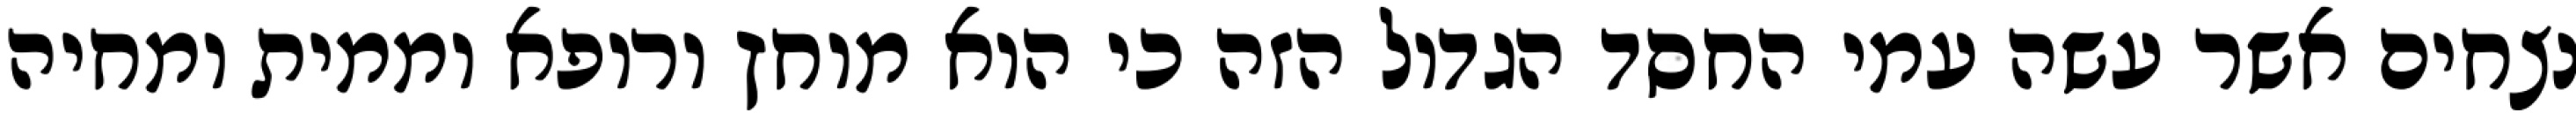
נצחים אשר עשה עמי החסד הגדול הזה כי הוא מוחץ ורופא וממית ומחיה